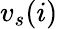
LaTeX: {v_{s}}(i)